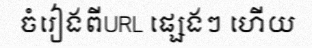
ចំរៀងពីURL ផ្សេងៗ ហើយ